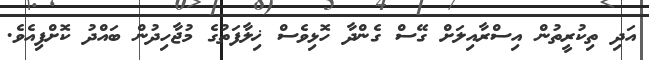
އަދި ތިކުރީތުން އިސްރާއިލަށް ގޭސް ގެންދާ ހޮޅިވެސް ޚިލާފަތުގެ މުޖާހިދުން ބައްދު ކޮށްފިއެވެ.